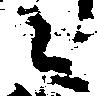
々